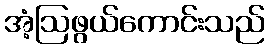
အံ့ဩဖွယ်ကောင်းသည်